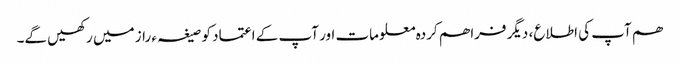
ھم آپ کی اطلاع، دیگر فراھم کردہ معلومات اور آپ کے اعتماد کو صیغہ ء راز میں رکھیں گے۔